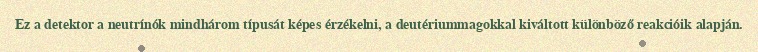
Ez a detektor a neutrínók mindhárom típusát képes érzékelni, a deutériummagokkal kiváltott különböző reakcióik alapján.